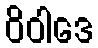
ဝိဝါဒေ